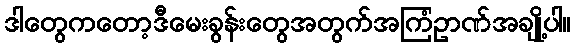
ဒါတွေကတော့ဒီမေးခွန်းတွေအတွက်အကြံဥာဏ်အချို့ပါ။